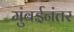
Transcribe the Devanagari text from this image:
मुंबईनंतर